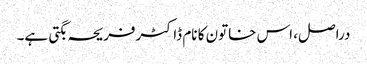
دراصل، اس خاتون کا نام ڈاکٹرفریحہ بگتی ہے۔